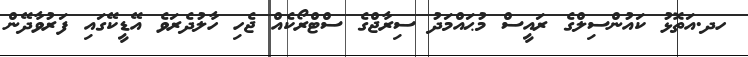
ހދ.އަތޮޅު ކައުންސިލްގެ ރައީސް މުޙައްމަދު ސިރާޖްގެ ސްޓްރޯކެއް ޖެހި ހާލުދެރަވެ އޭޑީކޭގައި ފަރުވާދޭން